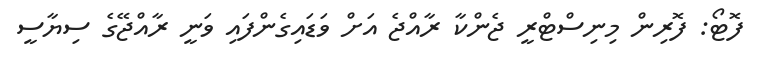
ފޮޓޯ: ފޮރިން މިނިސްޓްރީ ޖެންކާ ރާއްޖެ އަށް ވަޑައިގެންފައި ވަނީ ރާއްޖޭގެ ސިޔާސީ